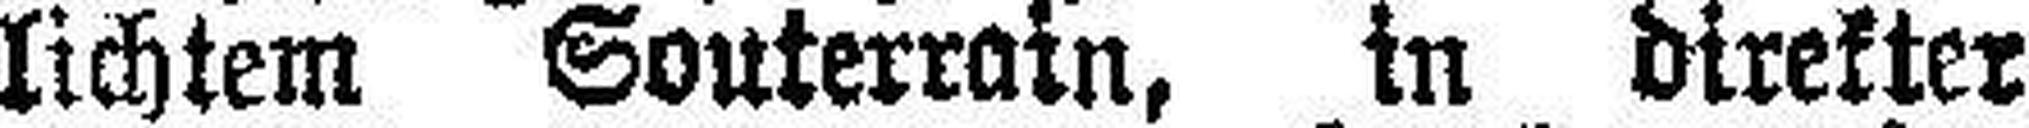
lichtem Souterrain, in direkter